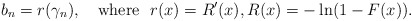
\begin{align*}b_n=r(\gamma_n),\quad\mbox{where }\ r(x) = R^{\prime}(x), R(x) = -\ln(1-F(x)).\end{align*}